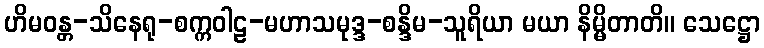
ဟိမဝန္တ-သိနေရု-စက္ကဝါဠ-မဟာသမုဒ္ဒ-စန္ဒိမ-သူရိယာ မယာ နိမ္မိတာတိ။ သေဋ္ဌော